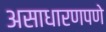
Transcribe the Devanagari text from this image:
असाधारणपणे